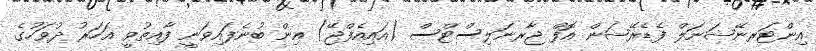
އިންޓަރނޭޝަނަލް ފެޑެރޭޝަން އޮފް ޖާރނަލިސްޓްސް (އައިއެފްޖޭ) އިން ބުނެފައިވަނީ ފާއިތުވީ އަހަރު ދުވަހުގެ